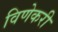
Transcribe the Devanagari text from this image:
विणेकरी